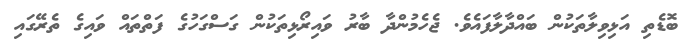
ބޮޑެތި އަޅިވިލާތަކުން ބައްދާލާފައެވެ. ޖެހެމުންދާ ބާރު ވައިރޯޅިތަކުން ގަސްގަހުގެ ފަތްތައް ވައިގެ ތެރޭގައި